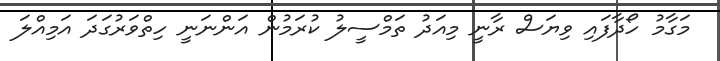
މަގާމު ހޯދާފައި ވިޔަސް ރާނީ މިއަދު ތަމްސީލު ކުރަމުން އަންނަނީ ހިތްވަރުގަދަ އަމިއްލަ